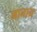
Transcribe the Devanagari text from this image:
मानान